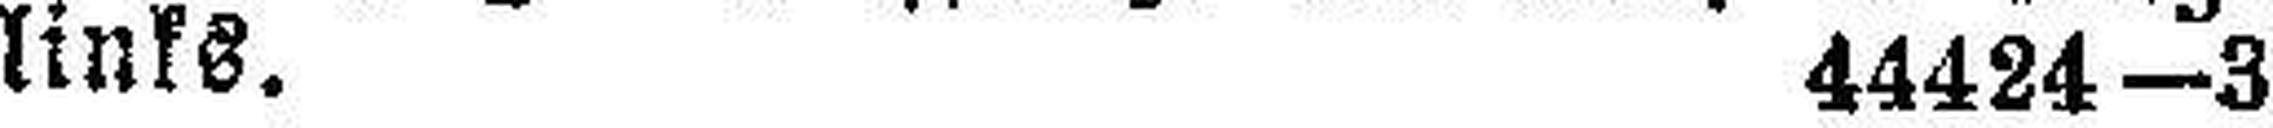
links. 44424—3